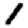
Digit: 1